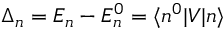
\Delta _ { n } = E _ { n } - E _ { n } ^ { 0 } = \langle n ^ { 0 } \lvert \l V \lvert n \rangle